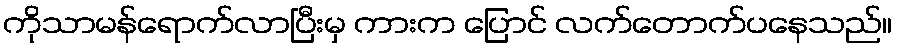
ကိုသာမန်ရောက်လာပြီးမှ ကားက ပြောင် လက်တောက်ပနေသည်။